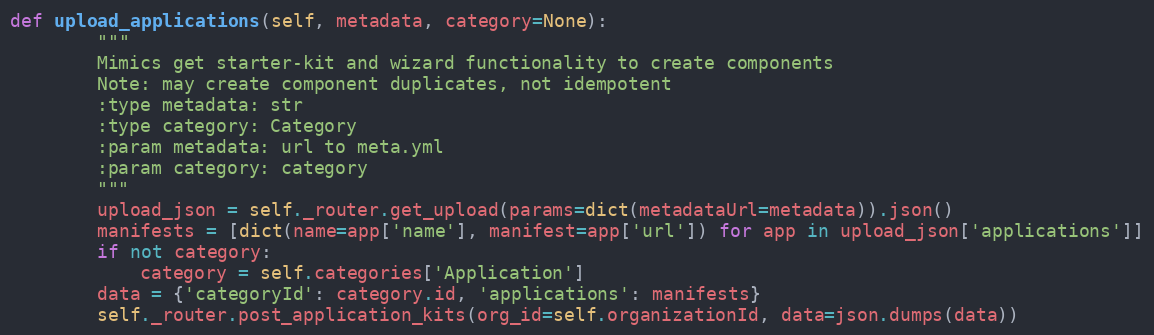
Language: Python
def upload_applications(self, metadata, category=None):
        """
        Mimics get starter-kit and wizard functionality to create components
        Note: may create component duplicates, not idempotent
        :type metadata: str
        :type category: Category
        :param metadata: url to meta.yml
        :param category: category
        """
        upload_json = self._router.get_upload(params=dict(metadataUrl=metadata)).json()
        manifests = [dict(name=app['name'], manifest=app['url']) for app in upload_json['applications']]
        if not category:
            category = self.categories['Application']
        data = {'categoryId': category.id, 'applications': manifests}
        self._router.post_application_kits(org_id=self.organizationId, data=json.dumps(data))